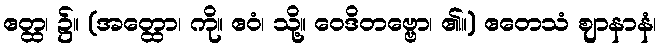
ဧတ္ထ၊ ၌။ (အတ္ထော၊ ကို။ ဧဝံ၊ သို့။ ဝေဒိတဗ္ဗော၊ ၏။) ဧတေသံ ဈာနာနံ၊